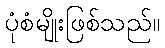
ပုံစံမျိုးဖြစ်သည်။